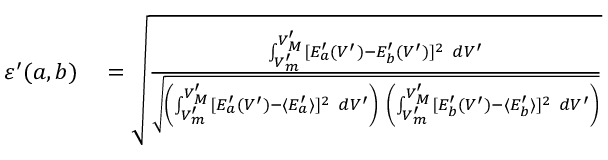
\begin{array} { r l } { \varepsilon ^ { \prime } ( a , b ) } & { { } = \sqrt { \frac { \int _ { V _ { m } ^ { \prime } } ^ { V _ { M } ^ { \prime } } [ E _ { a } ^ { \prime } ( V ^ { \prime } ) - E _ { b } ^ { \prime } ( V ^ { \prime } ) ] ^ { 2 } ~ d V ^ { \prime } } { \sqrt { \left( \int _ { V _ { m } ^ { \prime } } ^ { V _ { M } ^ { \prime } } [ E _ { a } ^ { \prime } ( V ^ { \prime } ) - \langle E _ { a } ^ { \prime } \rangle ] ^ { 2 } ~ d V ^ { \prime } \right) ~ \left( \int _ { V _ { m } ^ { \prime } } ^ { V _ { M } ^ { \prime } } [ E _ { b } ^ { \prime } ( V ^ { \prime } ) - \langle E _ { b } ^ { \prime } \rangle ] ^ { 2 } ~ d V ^ { \prime } \right) } } } } \end{array}